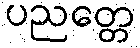
ပညတ္တေ